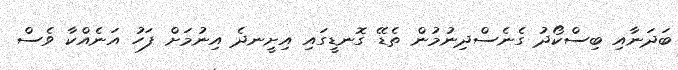
ބަދަނާއި ބިސްކޯދު ގެނެސްދިނުމުން ތެޑޭ ގޮނޑީގައި އިށީނދެ އިނުމަށް ފަހު އަނެއްކާ ވެސް